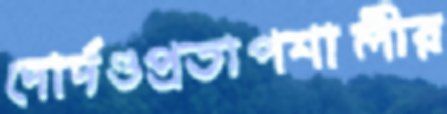
দোর্দণ্ডপ্রতাপশালীর